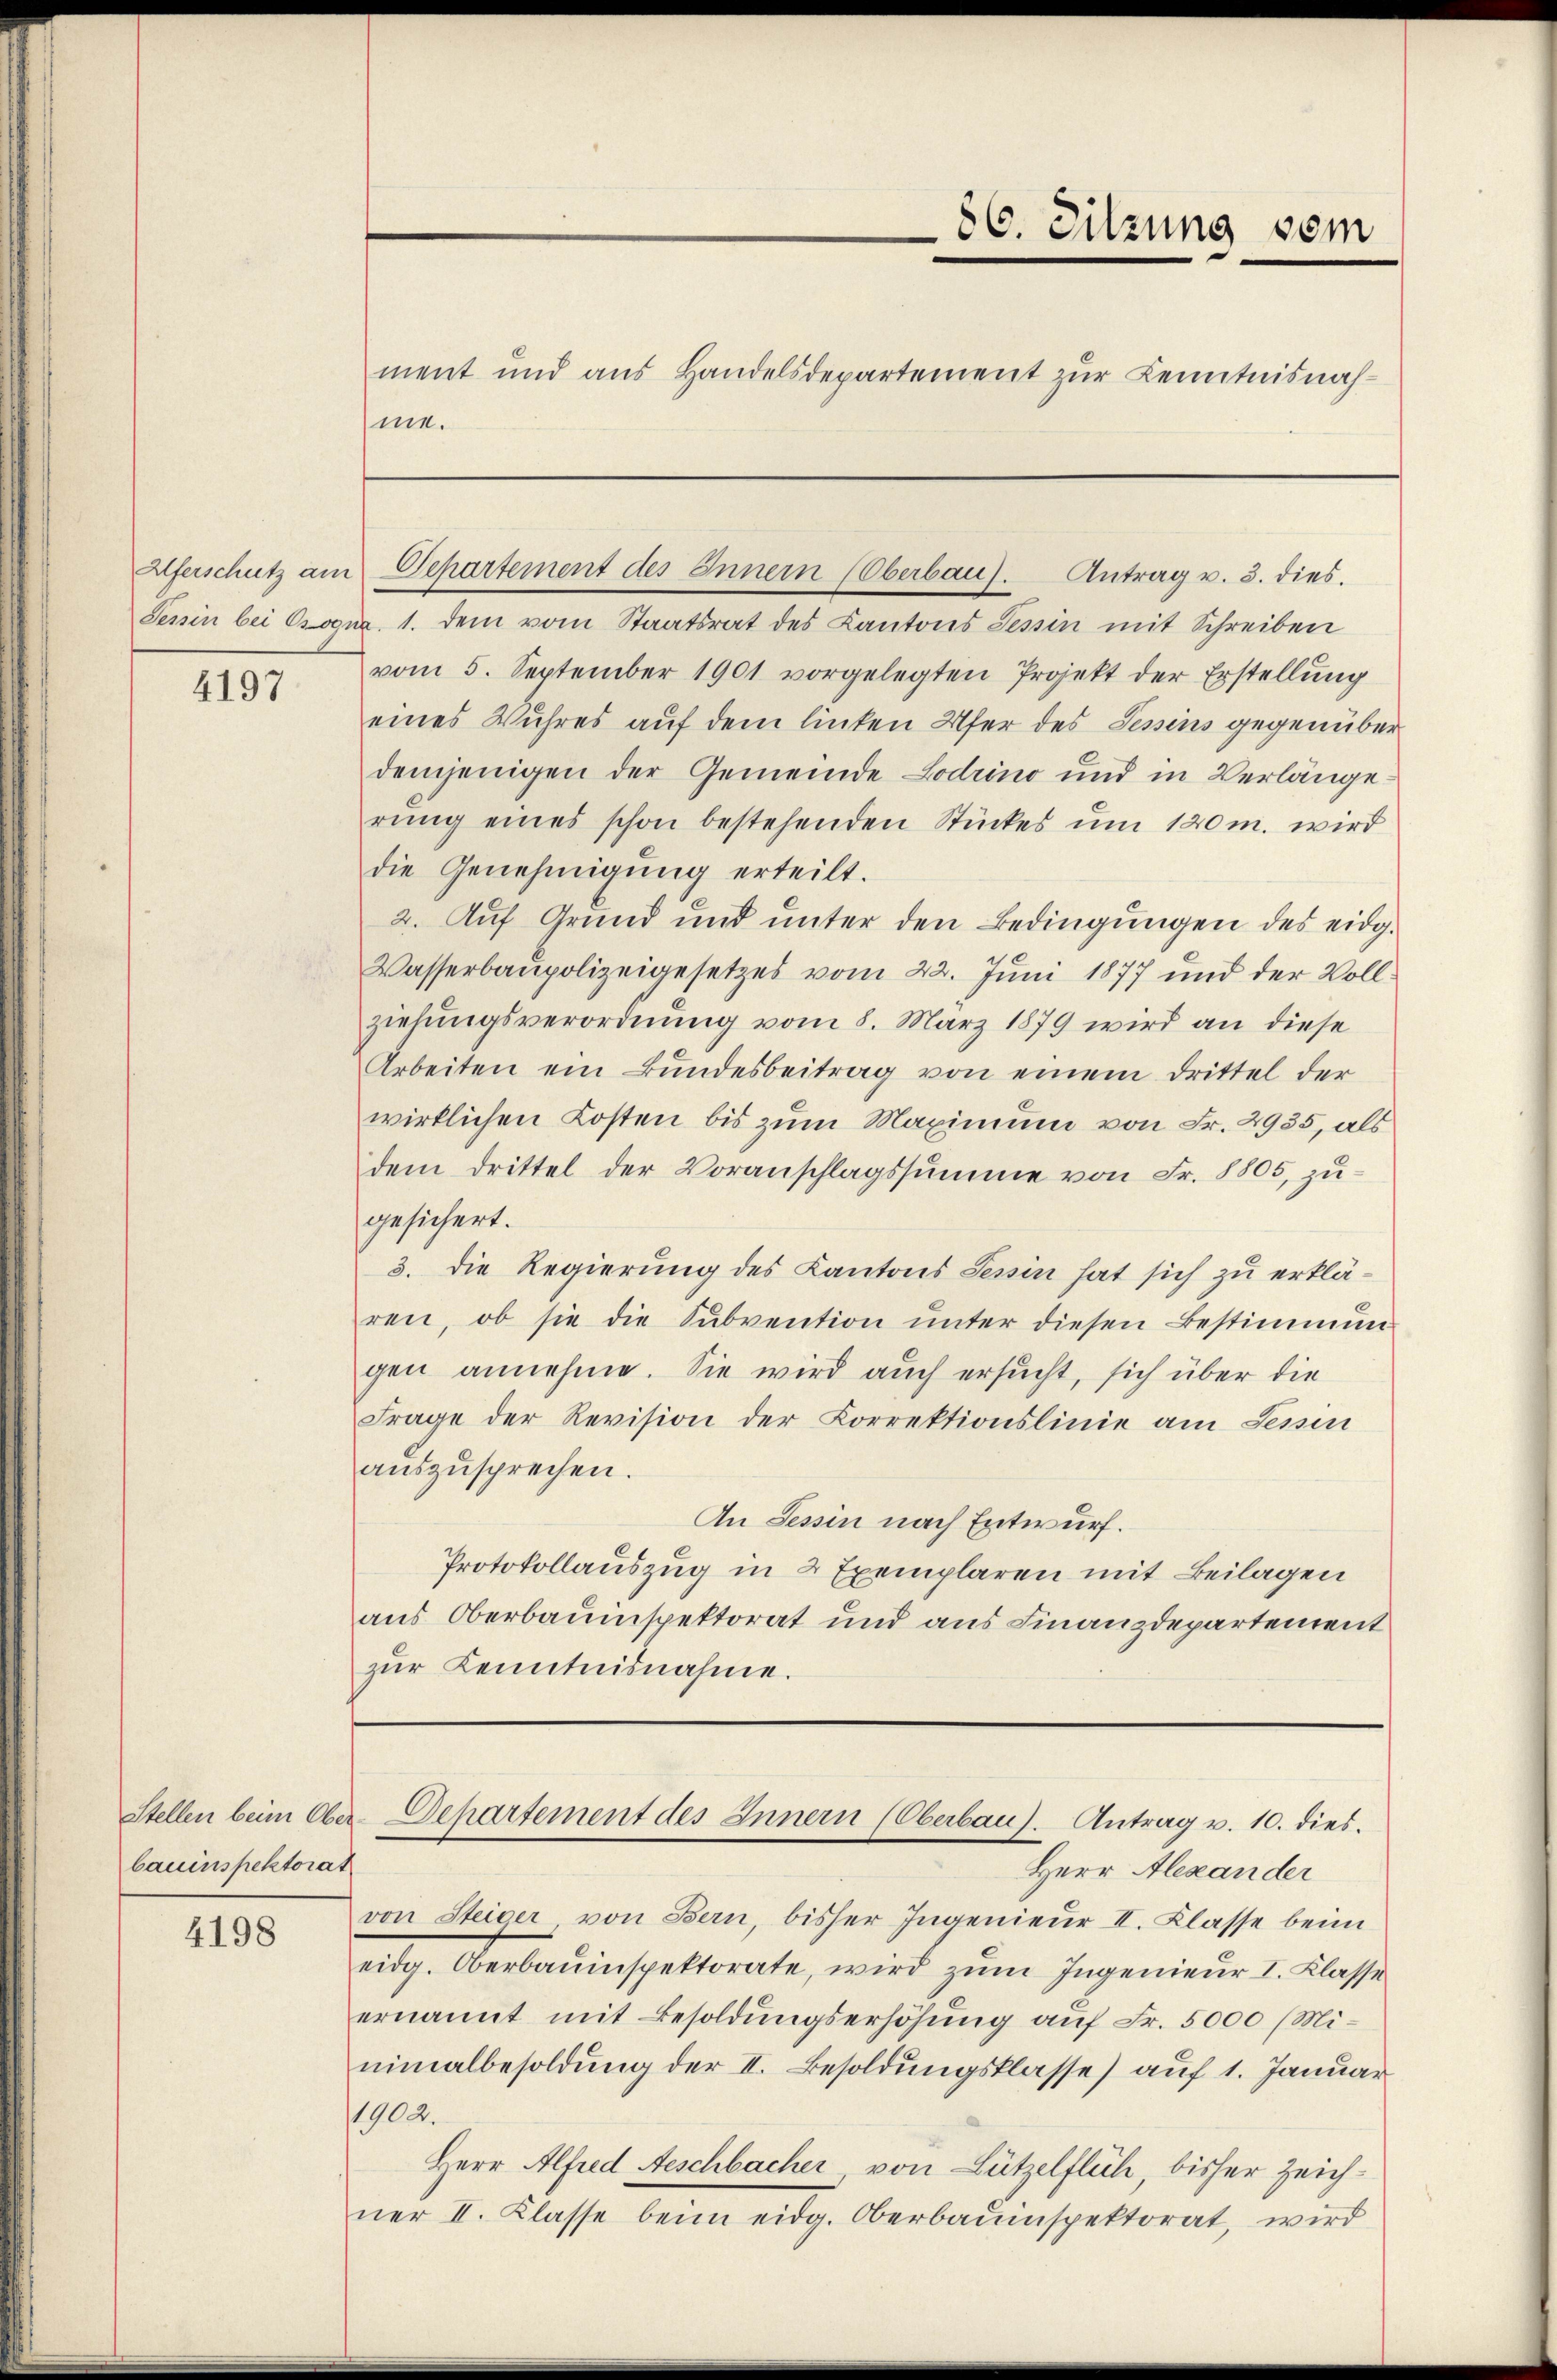
4197

bauinspektorat

4198

ment und aus Handelsdepartement zur Kenntnisnahme.

86. Sitzung vom

Aferschutz am Departement des Innern (Oberbau. Antrag u. 3. dies

Tessin bei Cogna. 1. dem vom Staatsrat des Kantons Tessin mit Schreiben
vom 5. September 1901 vorgelegten Projekt der Erstellŭng
eines Wuhres auf dem linken Ufer des Tessins gegenüber
demjenigen der Gemeinde Lodrino und in Verlängerŭng eines schon bestehenden Stückes um 120m. wird
die Genehmigŭng erteilt.
2. Auf Grund und unter den Bedingungen des eidg.
Wasserbaupolizeigesetzes vom 22. Juni 1877 und der Vollziehungsverordnung vom 8. März 1879 wird an diese
Arbeiten ein Bundesbeitrag von einem Drittel der
wirklichen Kosten bis zum Maximum von Fr. 2935, als
dem drittel der Voranschlagssumme von Fr. 8805, zugesichert.
3. die Regierung des Kantons Tessin hat sich zu erklären, ob sie die Sŭbvention ŭnter diesen Bestimmun-
gen annehme. Sie wird auch ersucht, sich über die
Frage der Revision der Korrektionslinie am Tessin
aŭszŭsprechen.
An Tessin nach Entwurf.
Protokollauszug in 2 Exemplaren mit Beilagen
aus Oberbauinspektorat und aus Finanzdepartement
zŭr Kenntnisnahme.

Stellen beim Ober-Departement des Innern (Oberbau). Antrag v. 10. dies

Herr Alexander
von Steiger von Bern, bisher Ingenieur II. Klasse beim
eidg. Oberbauinspektorate, wird zum Ingenieur I. Klasse
ernannt mit Besoldungserhöhung auf Fr. 5000 (Mi-
nimalbesoldŭng der II. Besoldŭngsklasse) aŭf 1. Januar
1902.
Herr Alfred Aeschbacher von Lützelflich, bisher Zeichner II. Klasse beim eidg. Oberbauinspektorat, wird